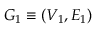
G _ { 1 } \equiv ( V _ { 1 } , E _ { 1 } )